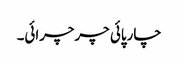
چارپائی چرچرائی۔